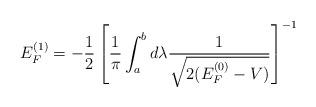
LaTeX: \begin{align*}E_{F}^{(1)} = - \frac{1}{2} \left[ \frac{1}{\pi} \int_{a}^{b} d\lambda\frac{1}{\sqrt{2(E_{F}^{(0)} - V )}} \right ]^{-1}\end{align*}